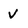
Character: V